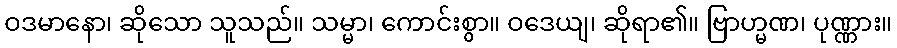
ဝဒမာနော၊ ဆိုသော သူသည်။ သမ္မာ၊ ကောင်းစွာ။ ဝဒေယျ၊ ဆိုရာ၏။ ဗြာဟ္မဏ၊ ပုဏ္ဏား။